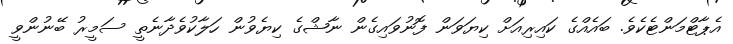
އެޕާޓްމަންޓެކެވެ. ބައެއްގެ ކައިރިއަށް ކިޔަވަން ފޮނުވައިގެން ނާޝްގެ ކިޔެވުން ހަލާކުވެދާނެތީ ސަމީރު ބޭނުންވީ